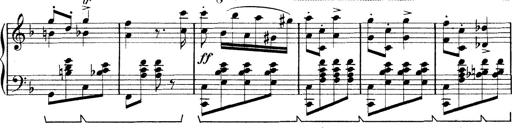
Title: Rapsodie: 19 ungheresi, 1 spagnuola
Composer: Franz Liszt